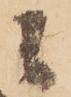
候